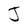
Character: J